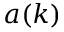
a ( k )